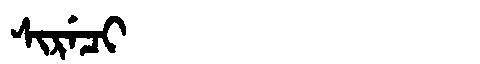
Manchu: ᠰᡳᡵᡝᠴᡳ
Romanization: SIRECI